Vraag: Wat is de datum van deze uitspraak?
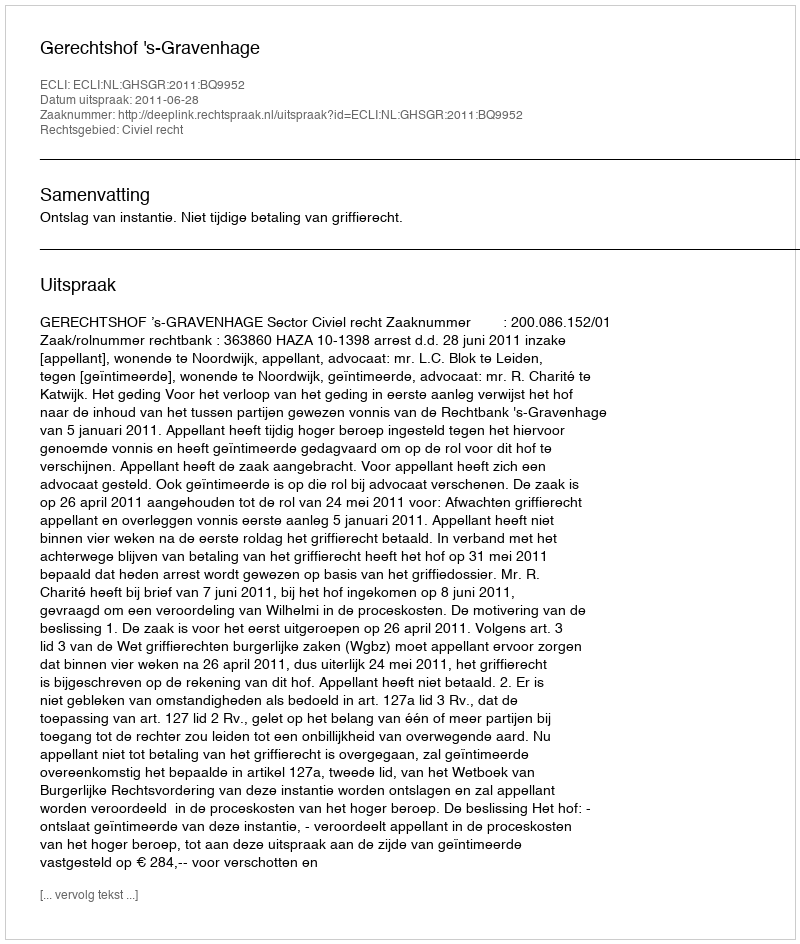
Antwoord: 2011-06-28